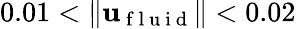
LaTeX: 0.01<\| \mathbf{u}_{\mathrm{~f~l~u~i~d~}}\| <0.02